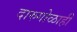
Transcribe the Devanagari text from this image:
दारुगोळाही